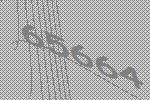
65664